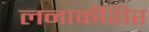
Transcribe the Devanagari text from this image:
लनार्कशिर